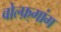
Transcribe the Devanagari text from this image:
वोल्फ़्गांग